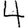
Digit: 4